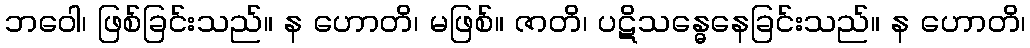
ဘဝေါ၊ ဖြစ်ခြင်းသည်။ န ဟောတိ၊ မဖြစ်။ ဇာတိ၊ ပဋိသန္ဓေနေခြင်းသည်။ န ဟောတိ၊